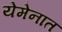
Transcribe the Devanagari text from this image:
येमेनात